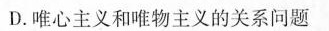
D.唯心主义和唯物主义的关系问题